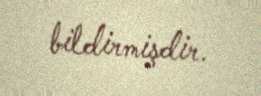
bildirmişdir.